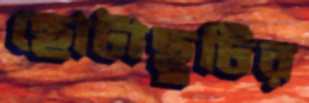
ছোটাছুটির